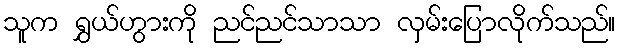
သူက ရွှယ်ဟွားကို ညင်ညင်သာသာ လှမ်းပြောလိုက်သည်။